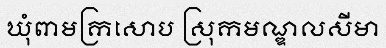
ឃុំពាមក្រសោប ស្រុកមណ្ឌលសីមា